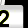
Digit: 2